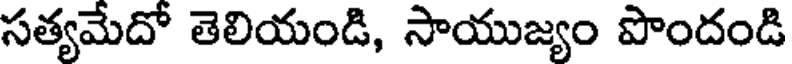
సత్యమేదో తెలియండి, సాయుజ్యం పొందండి